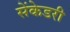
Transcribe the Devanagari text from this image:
सेंकेडरी